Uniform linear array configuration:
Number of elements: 8
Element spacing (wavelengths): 0.75
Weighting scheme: hamming
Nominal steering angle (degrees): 0
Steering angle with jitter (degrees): -1.655
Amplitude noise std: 0.05
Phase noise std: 0.05

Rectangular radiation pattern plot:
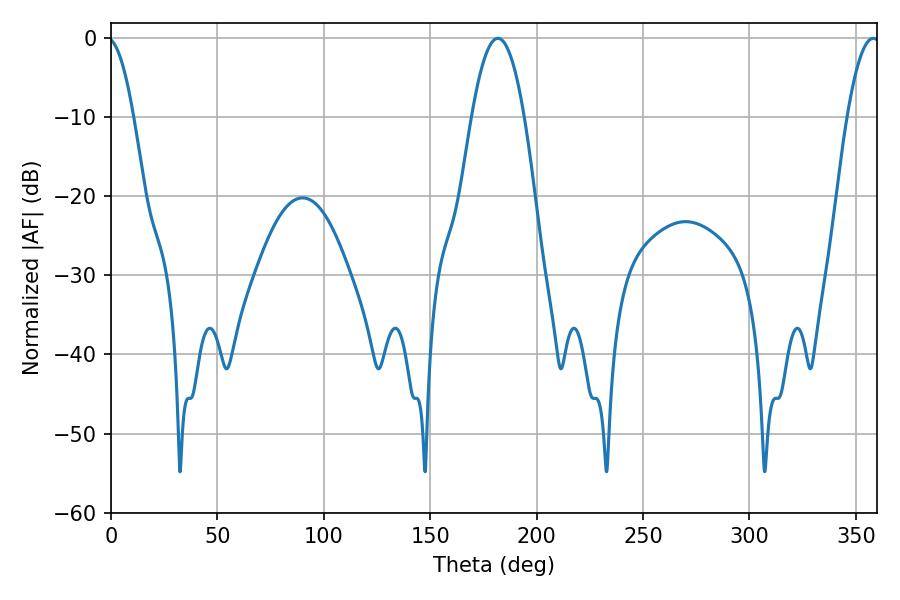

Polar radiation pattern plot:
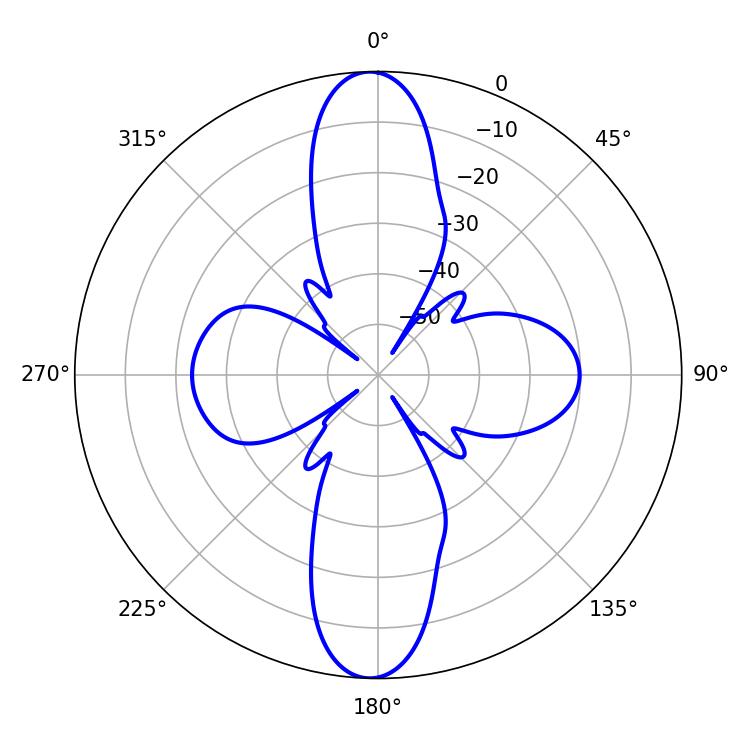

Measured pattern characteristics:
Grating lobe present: TRUE
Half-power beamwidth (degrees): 13.68
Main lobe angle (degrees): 181.8